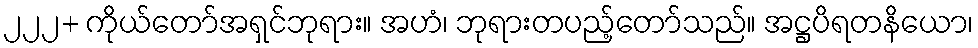
၂၂၂+ ကိုယ်တော်အရှင်ဘုရား။ အဟံ၊ ဘုရားတပည့်တော်သည်။ အဋ္ဌပိရတနိယော၊